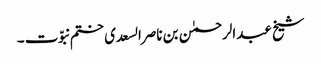
شیخ عبدالرحمٰن بن ناصرالسعدی ختم نبوّت ۔